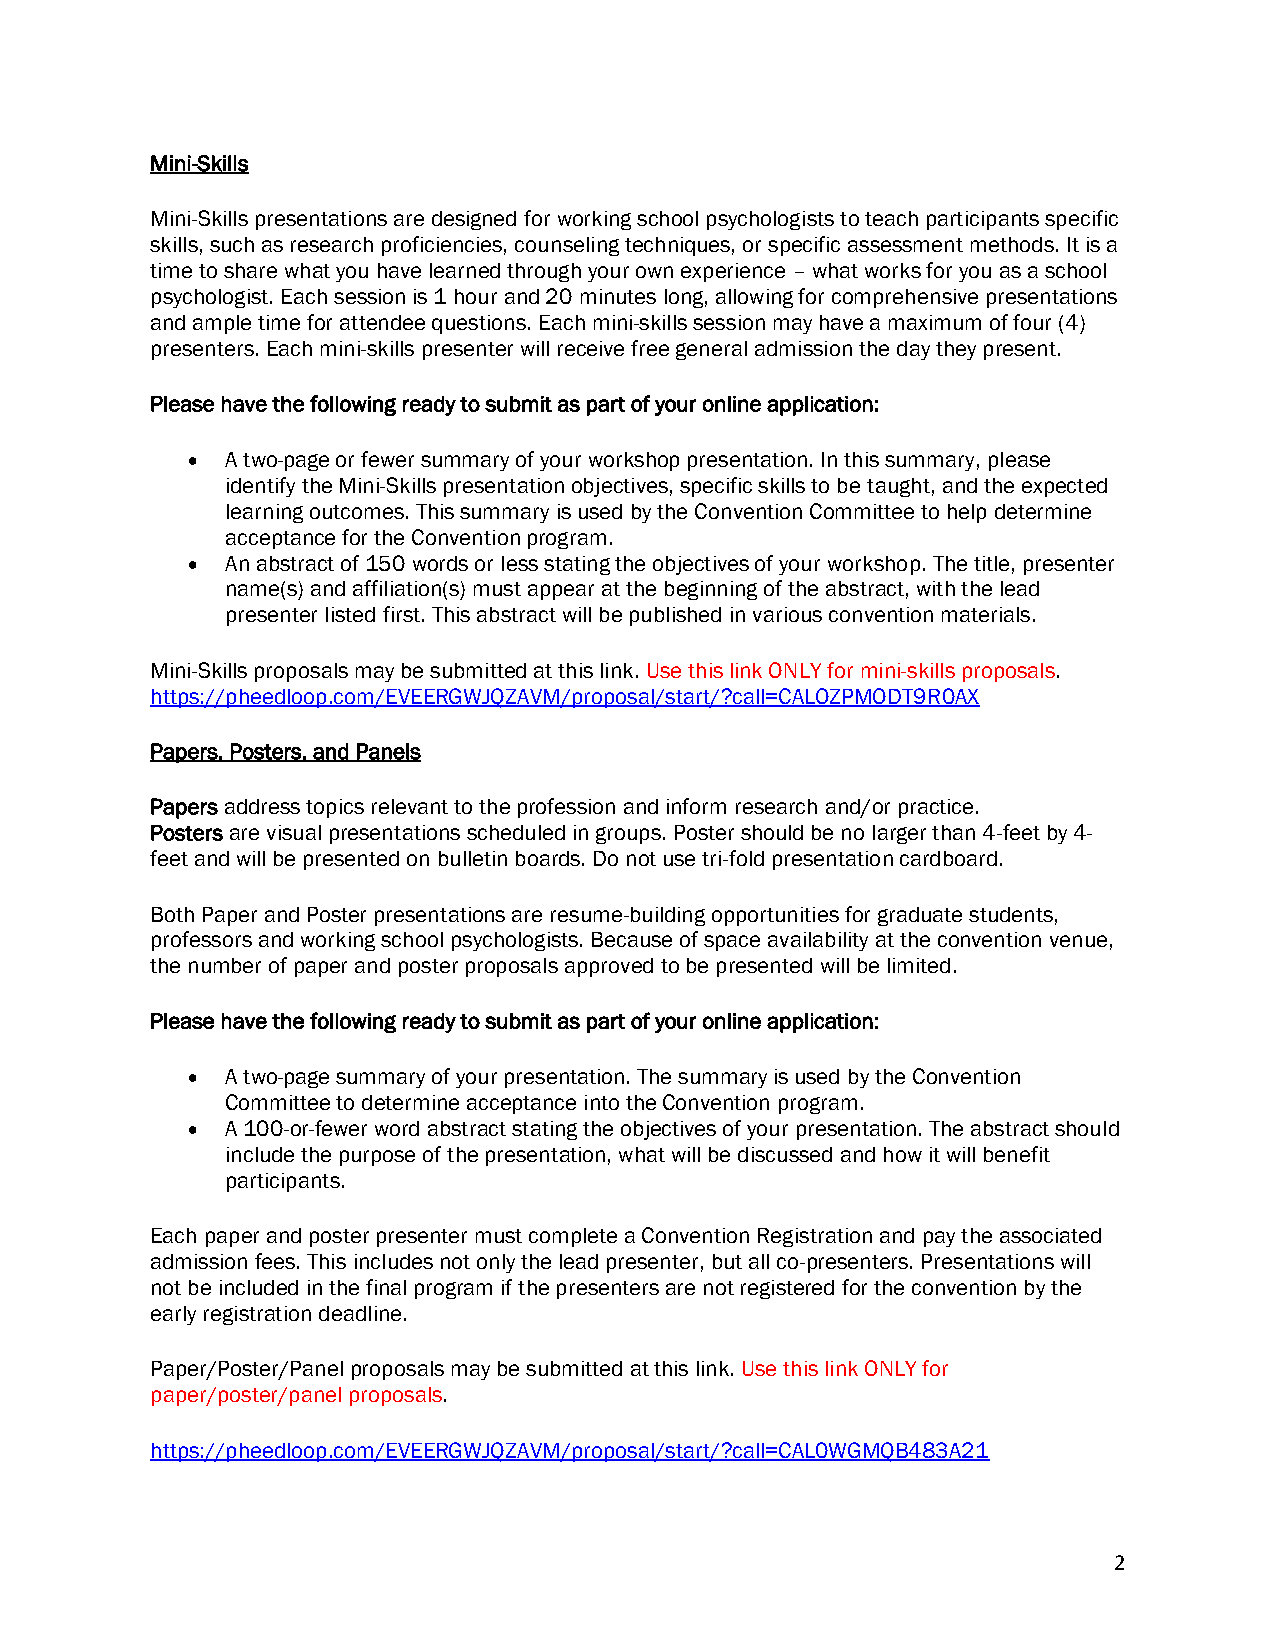
Mini-Skills
 Mini-Skills presentations are designed for working school psychologists to teach participants specific
 skills, such as research proficiencies, counseling techniques, or specific assessment methods. It is a
 time to share what you have learned through your own experience – what works for you as a school
 psychologist. Each session is 1 hour and 20 minutes long, allowing for comprehensive presentations
 and ample time for attendee questions. Each mini-skills session may have a maximum of four (4)
 presenters. Each mini-skills presenter will receive free general admission the day they present.
 Please have the following ready to submit as part of your online application:
 •  A two-page or fewer summary of your workshop presentation. In this summary, please
 identify the Mini-Skills presentation objectives, specific skills to be taught, and the expected
 learning outcomes. This summary is used by the Convention Committee to help determine
 acceptance for the Convention program.
 •  An abstract of 150 words or less stating the objectives of your workshop. The title, presenter
 name(s) and affiliation(s) must appear at the beginning of the abstract, with the lead
 presenter listed first. This abstract will be published in various convention materials.
 Mini-Skills proposals may be submitted at this link. Use this link ONLY for mini-skills proposals.
 https://pheedloop.com/EVEERGWJQZAVM/proposal/start/?call=CALOZPMODT9R0AX
 Papers, Posters, and Panels
 Papers address topics relevant to the profession and inform research and/or practice.
 Posters are visual presentations scheduled in groups. Poster should be no larger than 4-feet by 4-
 feet and will be presented on bulletin boards. Do not use tri-fold presentation cardboard.
 Both Paper and Poster presentations are resume-building opportunities for graduate students,
 professors and working school psychologists. Because of space availability at the convention venue,
 the number of paper and poster proposals approved to be presented will be limited.
 Please have the following ready to submit as part of your online application:
 •  A two-page summary of your presentation. The summary is used by the Convention
 Committee to determine acceptance into the Convention program.
 •  A 100-or-fewer word abstract stating the objectives of your presentation. The abstract should
 include the purpose of the presentation, what will be discussed and how it will benefit
 participants.
 Each paper and poster presenter must complete a Convention Registration and pay the associated
 admission fees. This includes not only the lead presenter, but all co-presenters. Presentations will
 not be included in the final program if the presenters are not registered for the convention by the
 early registration deadline.
 Paper/Poster/Panel proposals may be submitted at this link. Use this link ONLY for
 paper/poster/panel proposals.
 https://pheedloop.com/EVEERGWJQZAVM/proposal/start/?call=CAL0WGMQB483A21
 2